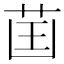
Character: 𦮒